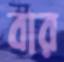
বার